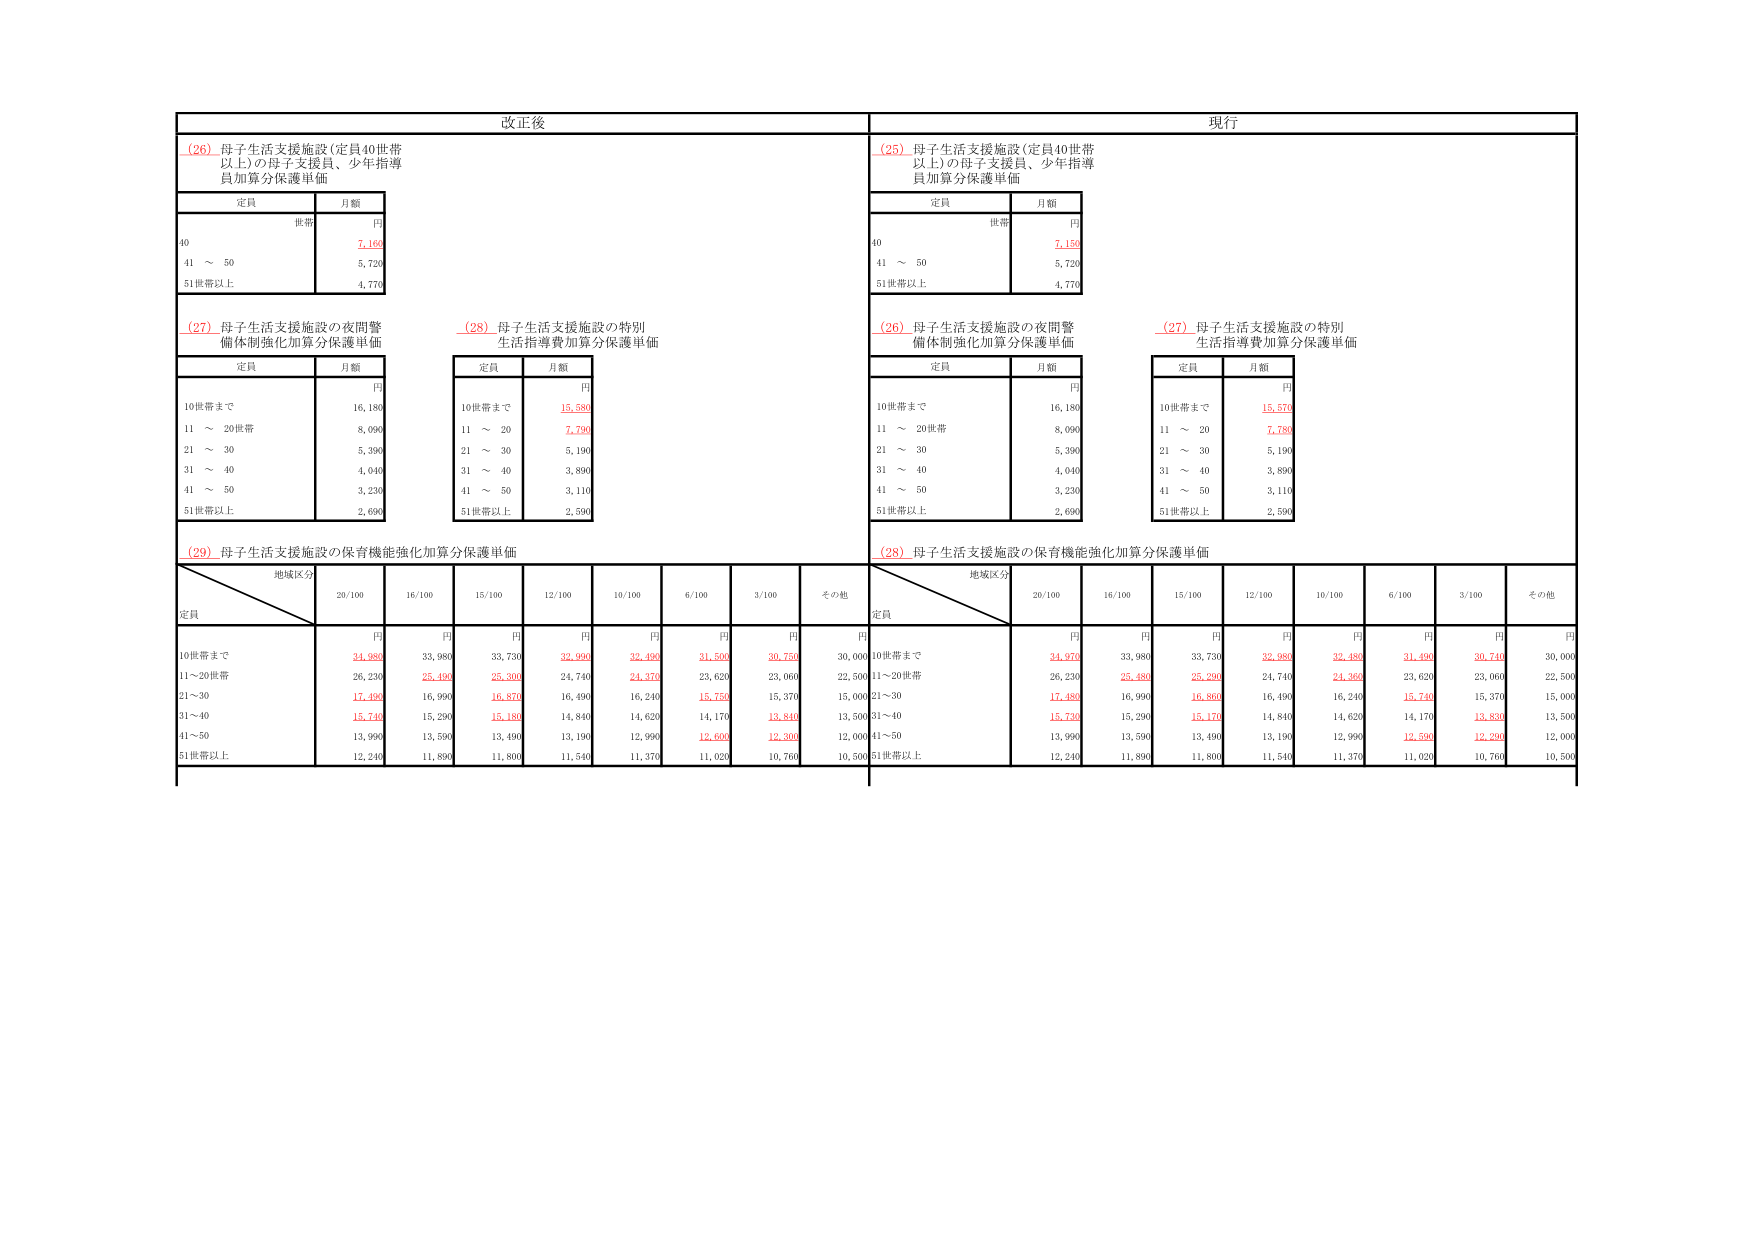
改正後

(26) 母子生活支援施設（定員40世帯以上）の母子支援員、少年指導員加算分保護単価

定員 月額
世帯 円
40 7,160
41 ～ 50 5,720
51世帯以上 4,770

(27) 母子生活支援施設の夜間警備体制強化加算分保護単価

定員 月額
円
10世帯まで 16,180
11 ～ 20世帯 8,090
21 ～ 30 5,390
31 ～ 40 4,040
41 ～ 50 3,230
51世帯以上 2,690

(28) 母子生活支援施設の特別生活指導費加算分保護単価

定員 月額
円
10世帯まで 15,680
11 ～ 20 7,790
21 ～ 30 5,190
31 ～ 40 3,890
41 ～ 50 3,110
51世帯以上 2,590

(29) 母子生活支援施設の保育機能強化加算分保護単価

地域区分
定員 20/100 16/100 15/100 12/100 10/100 6/100 3/100 その他
円 円 円 円 円 円 円 円
10世帯まで 24,980 33,980 33,730 32,990 32,490 31,800 30,750 30,000
11～20世帯 26,230 25,490 25,300 24,740 24,370 23,620 23,060 22,500
21～30 17,490 16,990 16,870 16,490 16,240 15,750 15,370 15,000
31～40 15,740 15,290 15,180 14,840 14,620 14,170 13,840 13,500
41～50 13,990 13,590 13,490 13,190 12,990 12,600 12,300 12,000
51世帯以上 12,240 11,890 11,800 11,540 11,370 11,020 10,760 10,500

現行

(25) 母子生活支援施設（定員40世帯以上）の母子支援員、少年指導員加算分保護単価

定員 月額
世帯 円
40 7,150
41 ～ 50 5,720
51世帯以上 4,770

(26) 母子生活支援施設の夜間警備体制強化加算分保護単価

定員 月額
円
10世帯まで 16,180
11 ～ 20世帯 8,090
21 ～ 30 5,390
31 ～ 40 4,040
41 ～ 50 3,230
51世帯以上 2,690

(27) 母子生活支援施設の特別生活指導費加算分保護単価

定員 月額
円
10世帯まで 15,570
11 ～ 20 7,780
21 ～ 30 5,190
31 ～ 40 3,890
41 ～ 50 3,110
51世帯以上 2,590

(28) 母子生活支援施設の保育機能強化加算分保護単価

地域区分
定員 20/100 16/100 15/100 12/100 10/100 6/100 3/100 その他
円 円 円 円 円 円 円 円
10世帯まで 24,970 33,980 33,730 32,980 32,480 31,490 30,740 30,000
11～20世帯 26,230 25,480 25,290 24,740 24,360 23,620 23,060 22,500
21～30 17,480 16,990 16,860 16,490 16,240 15,740 15,370 15,000
31～40 15,730 15,290 15,170 14,840 14,620 14,170 13,830 13,500
41～50 13,990 13,590 13,490 13,190 12,990 12,590 12,290 12,000
51世帯以上 12,240 11,890 11,800 11,540 11,370 11,020 10,760 10,500